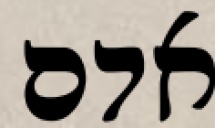
אדם